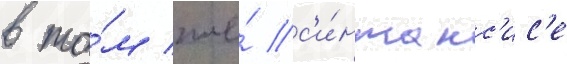
в то́м же́ с'и́нтакс'ис'е